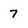
Character: 7